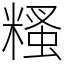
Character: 糔